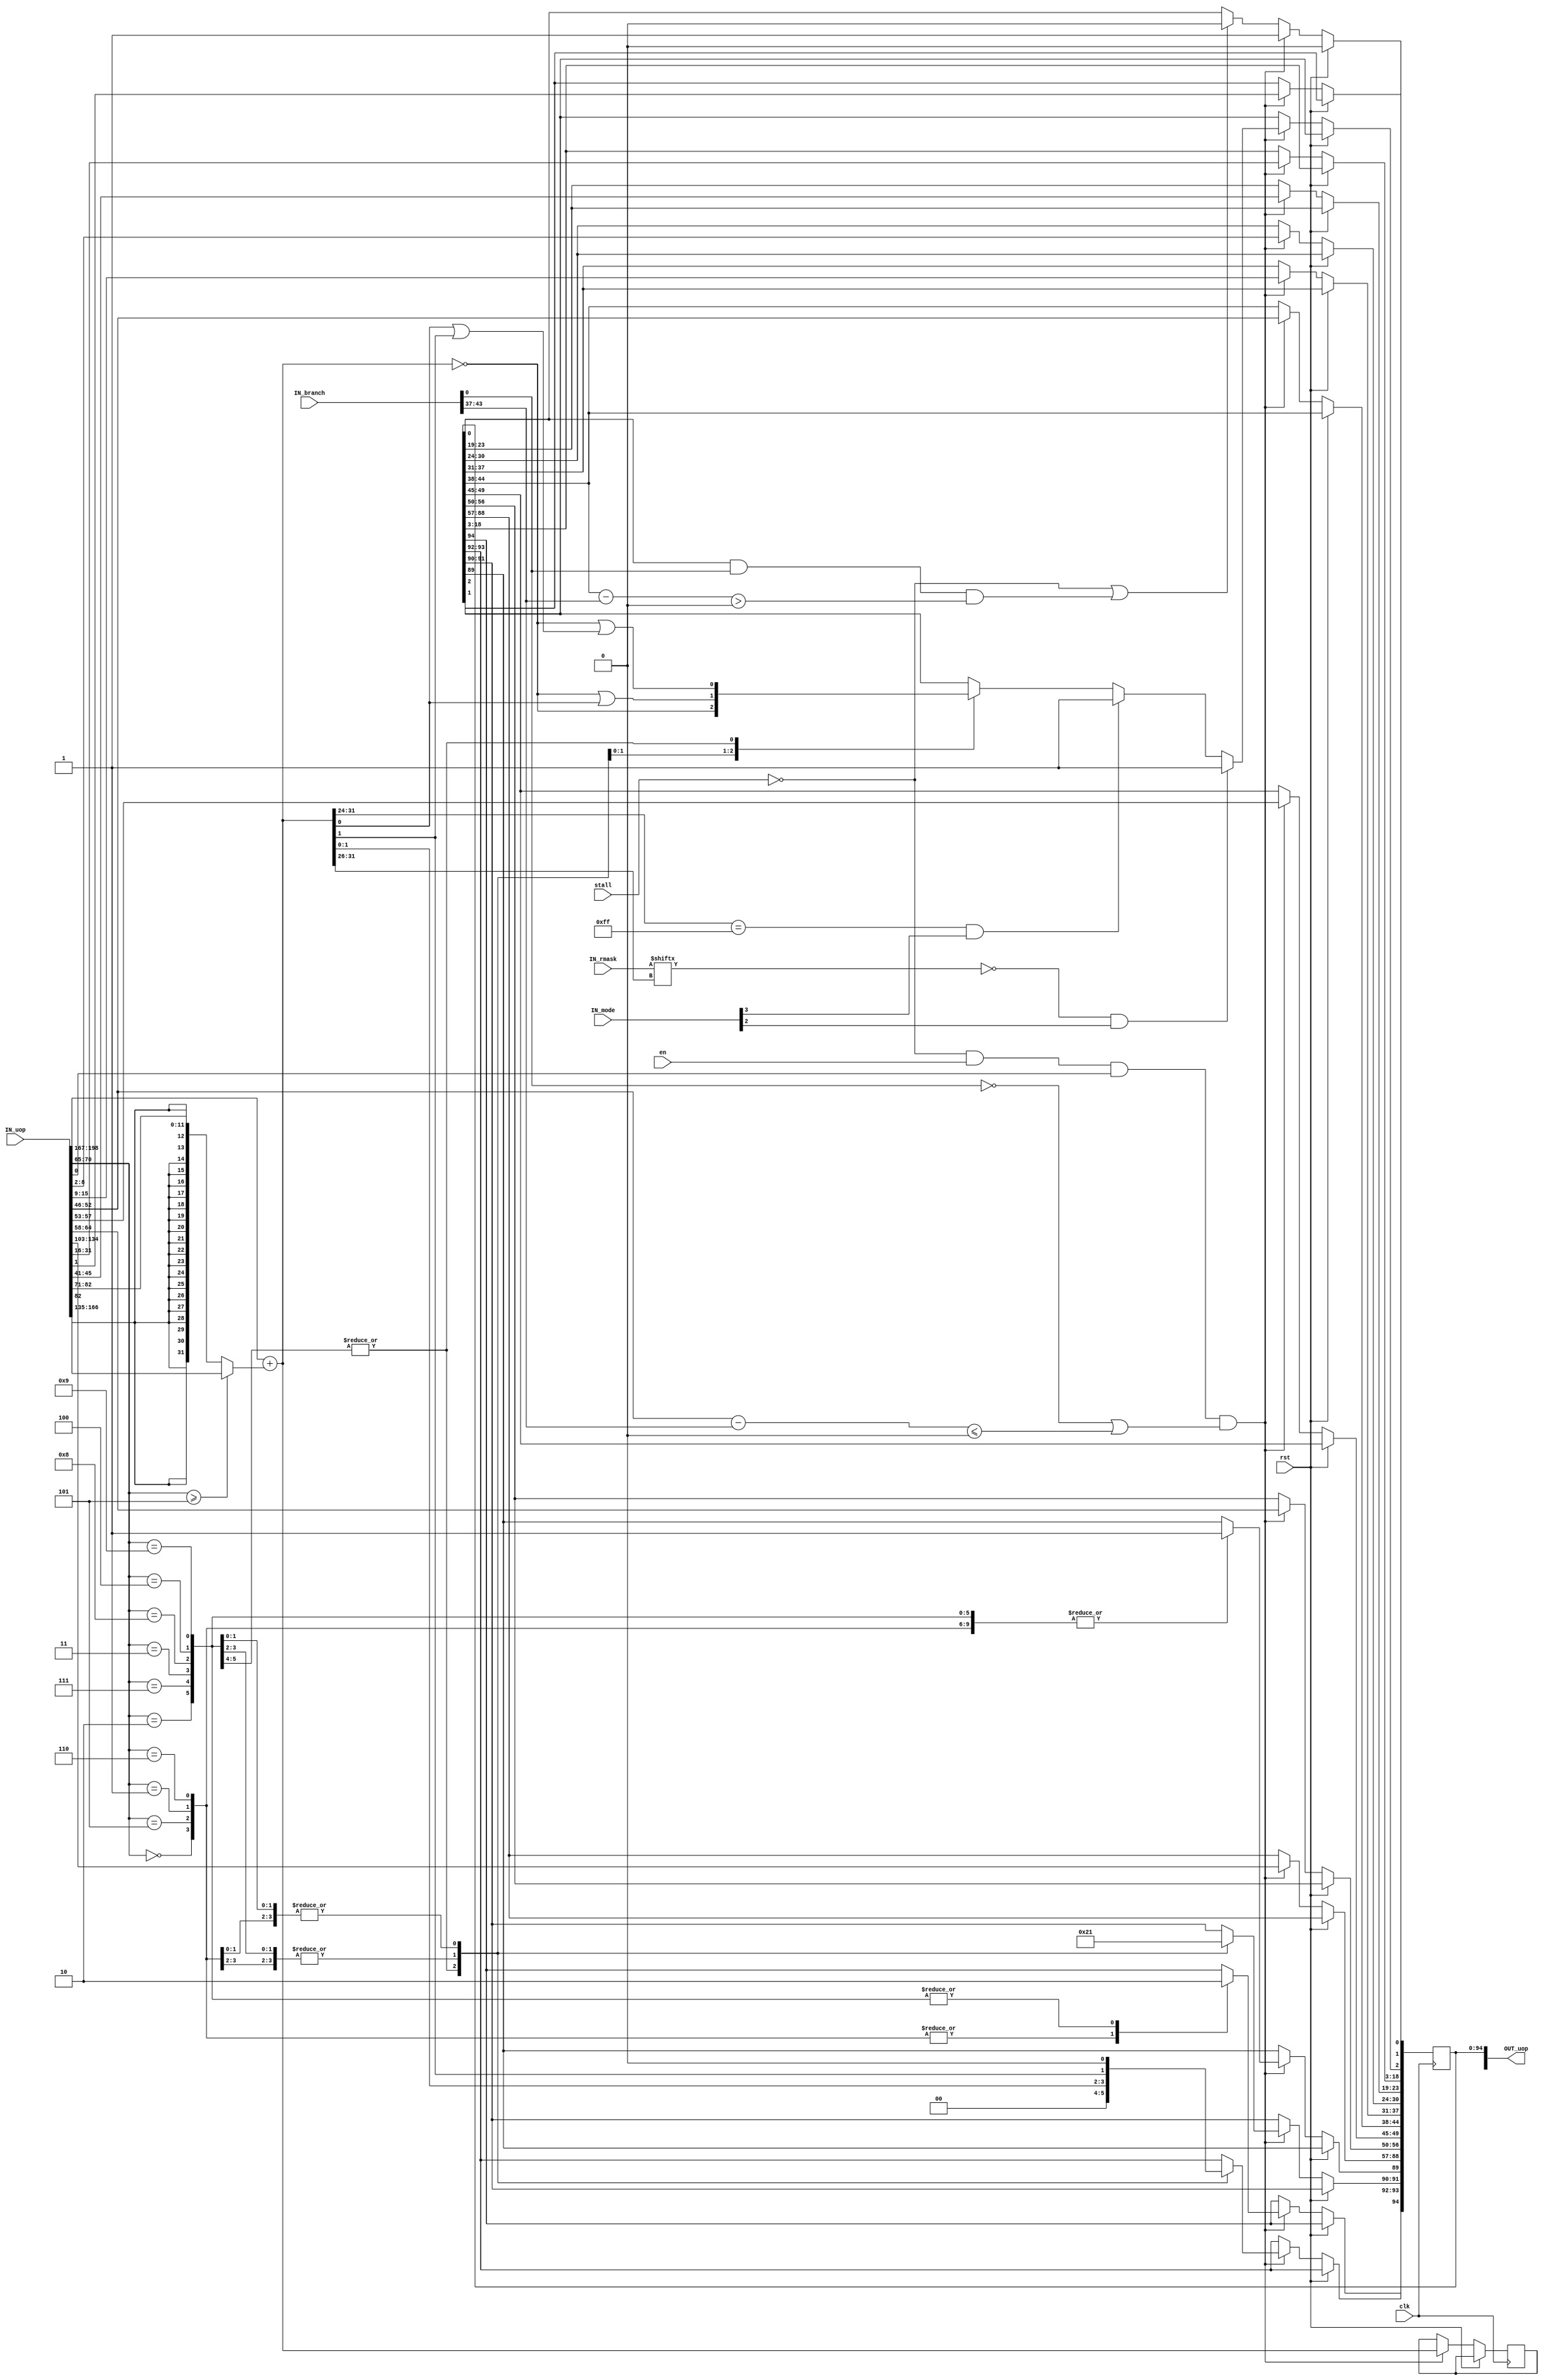
module AGU (
	clk,
	rst,
	en,
	stall,
	IN_mode,
	IN_rmask,
	IN_branch,
	IN_uop,
	OUT_uop
);
	input wire clk;
	input wire rst;
	input wire en;
	input wire stall;
	input wire [7:0] IN_mode;
	input wire [63:0] IN_rmask;
	input wire [75:0] IN_branch;
	input wire [198:0] IN_uop;
	output reg [162:0] OUT_uop;
	integer i;
	wire [31:0] addr = IN_uop[198-:32] + (IN_uop[70-:6] >= 6'd5 ? IN_uop[166-:32] : {{20 {IN_uop[82]}}, IN_uop[82:71]});
	always @(posedge clk)
		if (rst)
			OUT_uop[0] <= 0;
		else if (((!stall && en) && IN_uop[0]) && (!IN_branch[0] || ($signed(IN_uop[52-:7] - IN_branch[43-:7]) <= 0))) begin
			OUT_uop[162-:32] <= addr;
			OUT_uop[88-:32] <= IN_uop[134-:32];
			OUT_uop[56-:7] <= IN_uop[64-:7];
			OUT_uop[49-:5] <= IN_uop[57-:5];
			OUT_uop[44-:7] <= IN_uop[52-:7];
			OUT_uop[37-:7] <= IN_uop[15-:7];
			OUT_uop[30-:7] <= IN_uop[8-:7];
			OUT_uop[23-:5] <= IN_uop[45-:5];
			OUT_uop[1] <= IN_uop[1];
			OUT_uop[18-:16] <= IN_uop[31-:16];
			OUT_uop[0] <= 1;
			case (IN_uop[70-:6])
				6'd5, 6'd8, 6'd0, 6'd3: OUT_uop[2] <= addr == 0;
				6'd6, 6'd9, 6'd1, 6'd4: OUT_uop[2] <= (addr == 0) || addr[0];
				6'd7, 6'd2: OUT_uop[2] <= (addr == 0) || (addr[0] || addr[1]);
				default:
					;
			endcase
			if ((addr[31:24] == 8'hff) && IN_mode[3'd3])
				OUT_uop[2] <= 1;
			if (!IN_rmask[addr[31:26]] && IN_mode[3'd2])
				OUT_uop[2] <= 1;
			case (IN_uop[70-:6])
				6'd5, 6'd0: begin
					OUT_uop[89] <= 1;
					OUT_uop[93-:2] <= addr[1:0];
					OUT_uop[91-:2] <= 0;
					OUT_uop[94] <= 1;
				end
				6'd6, 6'd1: begin
					OUT_uop[89] <= 1;
					OUT_uop[93-:2] <= {addr[1], 1'b0};
					OUT_uop[91-:2] <= 1;
					OUT_uop[94] <= 1;
				end
				6'd7, 6'd2: begin
					OUT_uop[89] <= 1;
					OUT_uop[93-:2] <= 2'b00;
					OUT_uop[91-:2] <= 2;
					OUT_uop[94] <= 0;
				end
				6'd8, 6'd3: begin
					OUT_uop[89] <= 1;
					OUT_uop[93-:2] <= addr[1:0];
					OUT_uop[91-:2] <= 0;
					OUT_uop[94] <= 0;
				end
				6'd9, 6'd4: begin
					OUT_uop[89] <= 1;
					OUT_uop[93-:2] <= {addr[1], 1'b0};
					OUT_uop[91-:2] <= 1;
					OUT_uop[94] <= 0;
				end
				default:
					;
			endcase
		end
		else if (!stall || ((OUT_uop[0] && IN_branch[0]) && ($signed(OUT_uop[44-:7] - IN_branch[43-:7]) > 0)))
			OUT_uop[0] <= 0;
endmodule